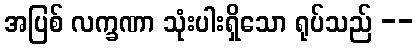
အပြစ် လက္ခဏာ သုံးပါးရှိသော ရုပ်သည် --